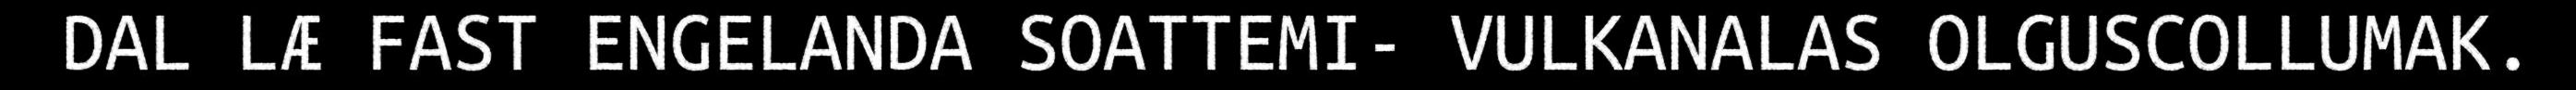
DAL LÆ FAST ENGELANDA SOATTEMI- VULKANALAS OLGUSCOLLUMAK.